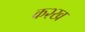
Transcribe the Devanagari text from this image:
क२ख